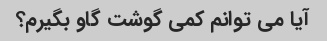
آیا می توانم کمی گوشت گاو بگیرم؟